Etiology and epidemiology of plague
Disease focus: Plague
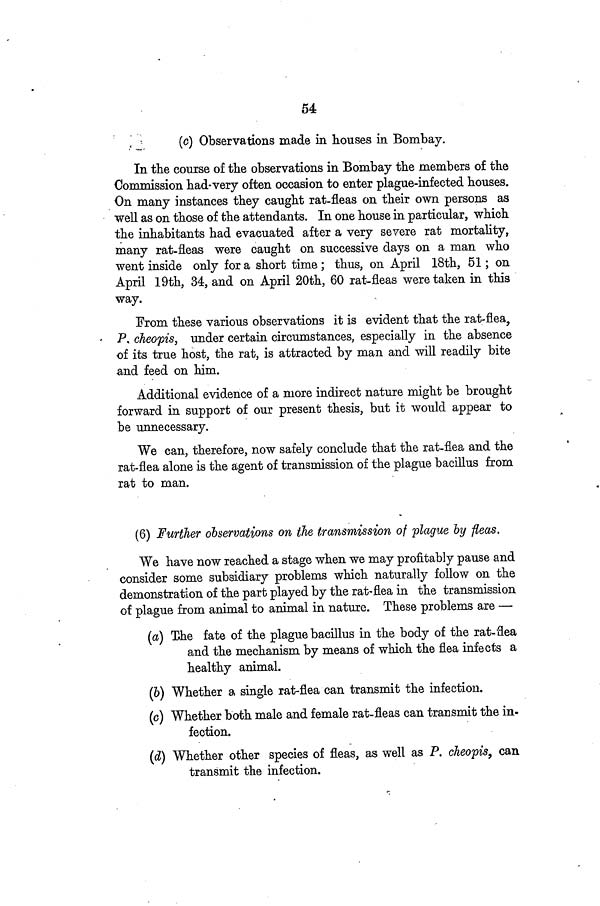
54
(c) Observations made in houses in Bombay.
In the course of the observations in Bombay the members of the
Commission had very often occasion to enter plague-infected houses.
On many instances they caught rat-fleas on their own persons as
well as on those of the attendants. In one house in particular, which
the inhabitants had evacuated after a very severe rat mortality,
many rat-fleas were caught on successive days on a man who
went inside only for a short time ; thus, on April 18th, 51; on
April 19th, 34, and on April 20th, 60 rat-fleas were taken in this
way.
From these various observations it is evident that the rat-flea,
P. cheopis, under certain circumstances, especially in the absence
of its true host, the rat, is attracted by man and will readily bite
and feed on him.
Additional evidence of a more indirect nature might be brought
forward in support of our present thesis, but it would appear to
be unnecessary.
We can, therefore, now safely conclude that the rat-flea and the
rat-flea alone is the agent of transmission of the plague bacillus from
rat to man.
(6) Further observations on the, transmission of plague by fleas.
We have now reached a stage when we may profitably pause and
consider some subsidiary problems which naturally follow on the
demonstration of the part played by the rat-flea in the transmission
of plague from animal to animal in nature. These problems are —
(a) The fate of the plague bacillus in the body of the rat-flea
and the mechanism by means of which the flea infects a
healthy animal.
(6) Whether a single rat-flea can transmit the infection.
(c) Whether both male and female rat-fleas can transmit the in-
fection.
(d) Whether other species of fleas, as well as P. cheopis, can
transmit the infection.